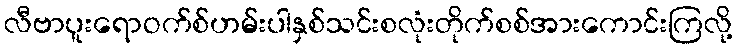
လီဗာပူးရောဝက်စ်ဟမ်းပါနှစ်သင်းစလုံးတိုက်စစ်အားကောင်းကြလို့